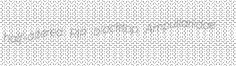
half-altered RIP blacktop Ampullariidae